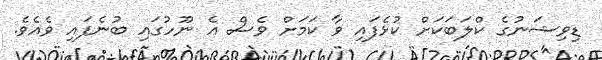
ޑިވިޝަނުގެ ކްލަބަކަށް ކުޅެފަައި ވާ ކަމަށް ވެސް އެ ނޫހުގައި ބުނެފައި ވެއެވެ.